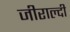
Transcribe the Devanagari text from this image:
जीराल्दी